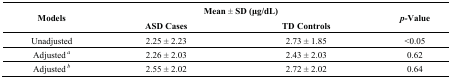
<table><thead><tr><td rowspan="2"><b>Models</b></td><td colspan="2"><b>Mean ± SD (μg/dL)</b></td><td rowspan="2"><b><i>p-</i>Value</b></td></tr><tr><td><b>ASD Cases</b></td><td><b>TD Controls</b></td></tr></thead><tbody><tr><td>Unadjusted</td><td>2.25 ± 2.23</td><td>2.73 ± 1.85</td><td>&lt;0.05</td></tr><tr><td>Adjusted <i><sup>a</sup></i></td><td>2.26 ± 2.03</td><td>2.43 ± 2.03</td><td>0.62</td></tr><tr><td>Adjusted <i><sup>b</sup></i></td><td>2.55 ± 2.02</td><td>2.72 ± 2.02</td><td>0.64</td></tr></tbody></table>